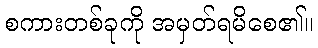
စကားတစ်ခုကို အမှတ်ရမိစေ၏။